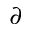
\partial